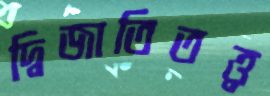
দ্বিজাতিতত্ত্ব